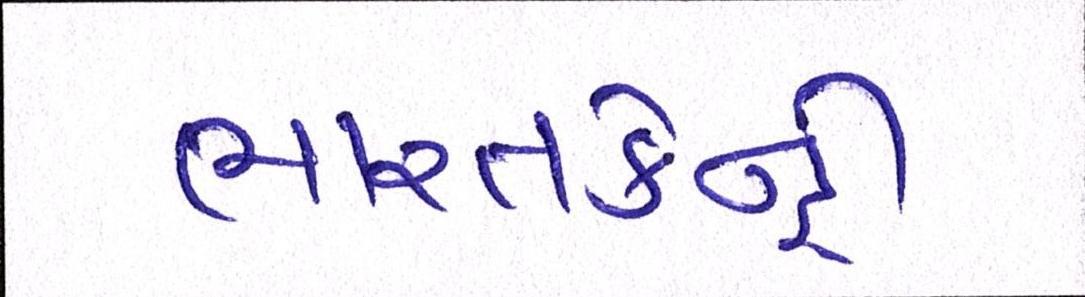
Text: ભારતકેન્દ્રી